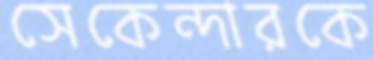
সেকেন্দারকে